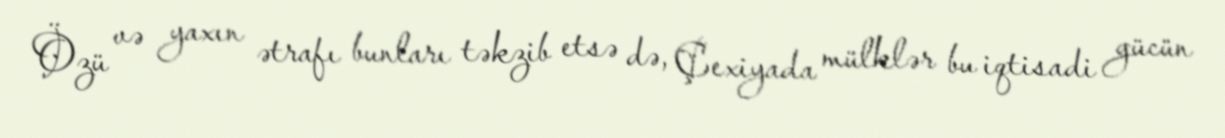
Özü və yaxın ətrafı bunları təkzib etsə də, Çexiyada mülklər bu iqtisadi gücün